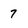
Character: 7